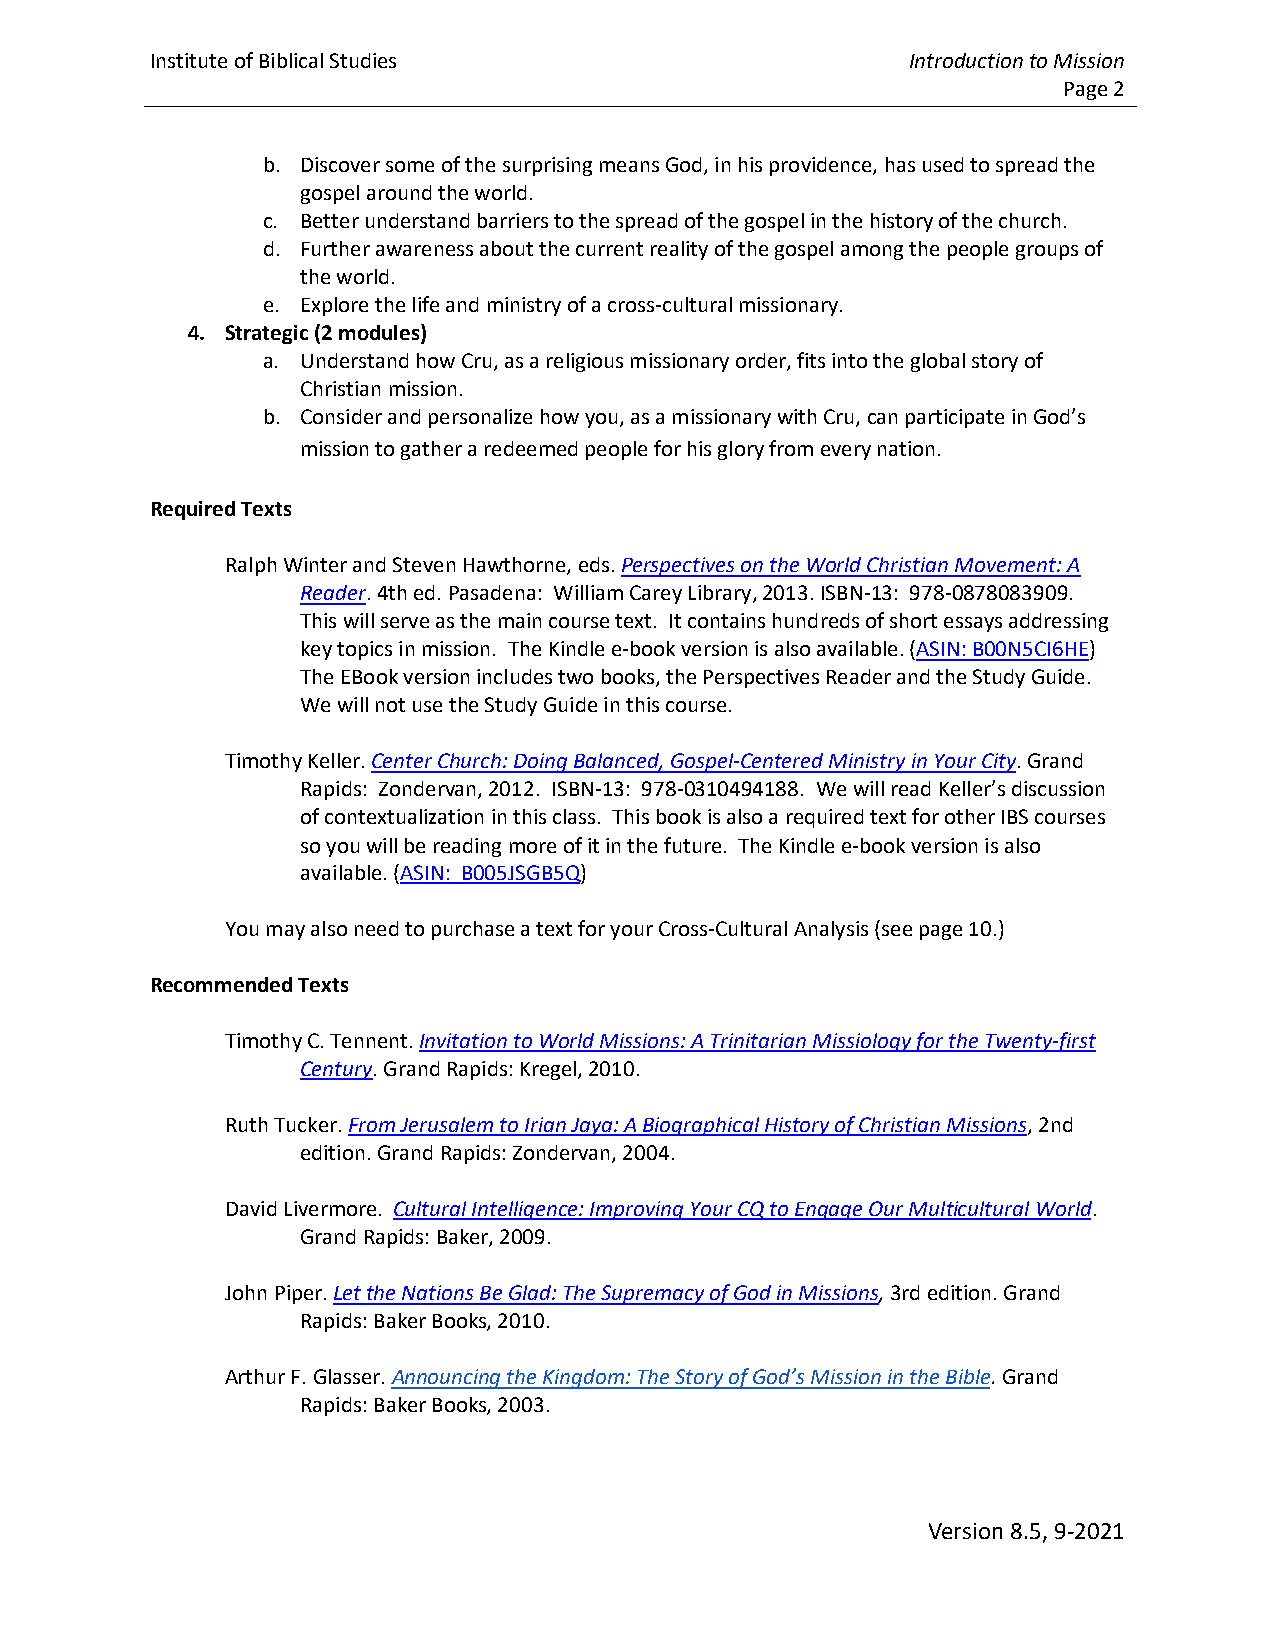
Institute of Biblical Studies                     Introduction to Mission
 Page 2
 b. Discover some of the surprising means God, in his providence, has used to spread the
 gospel around the world.
 c. Better understand barriers to the spread of the gospel in the history of the church.
 d. Further awareness about the current reality of the gospel among the people groups of
 the world.
 e. Explore the life and ministry of a cross-cultural missionary.
 4. Strategic (2 modules)
 a. Understand how Cru, as a religious missionary order, fits into the global story of
 Christian mission.
 b. Consider and personalize how you, as a missionary with Cru, can participate in God’s
 mission to gather a redeemed people for his glory from every nation.
 Required Texts
 Ralph Winter and Steven Hawthorne, eds. Perspectives on the World Christian Movement: A
 Reader. 4th ed. Pasadena: William Carey Library, 2013. ISBN-13: 978-0878083909.
 This will serve as the main course text. It contains hundreds of short essays addressing
 key topics in mission. The Kindle e-book version is also available. (ASIN: B00N5CI6HE)
 The EBook version includes two books, the Perspectives Reader and the Study Guide.
 We will not use the Study Guide in this course.
 Timothy Keller. Center Church: Doing Balanced, Gospel-Centered Ministry in Your City. Grand
 Rapids: Zondervan, 2012. ISBN-13: 978-0310494188. We will read Keller’s discussion
 of contextualization in this class. This book is also a required text for other IBS courses
 so you will be reading more of it in the future. The Kindle e-book version is also
 available. (ASIN: B005JSGB5Q)
 You may also need to purchase a text for your Cross-Cultural Analysis (see page 10.)
 Recommended Texts
 Timothy C. Tennent. Invitation to World Missions: A Trinitarian Missiology for the Twenty-first
 Century. Grand Rapids: Kregel, 2010.
 Ruth Tucker. From Jerusalem to Irian Jaya: A Biographical History of Christian Missions, 2nd
 edition. Grand Rapids: Zondervan, 2004.
 David Livermore. Cultural Intelligence: Improving Your CQ to Engage Our Multicultural World.
 Grand Rapids: Baker, 2009.
 John Piper. Let the Nations Be Glad: The Supremacy of God in Missions, 3rd edition. Grand
 Rapids: Baker Books, 2010.
 Arthur F. Glasser. Announcing the Kingdom: The Story of God’s Mission in the Bible. Grand
 Rapids: Baker Books, 2003.
 Version 8.5, 9-2021